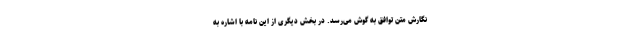
نگارش متن توافق به گوش می‌رسد. در بخش دیگری از این نامه با اشاره به